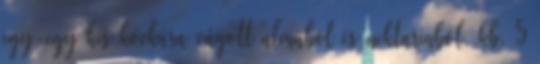
egy-egy kis kockára vágott almából és nektarinból, kb. 5